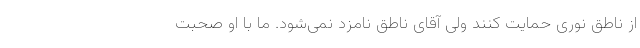
از ناطق نوری حمایت کنند ولی آقای ناطق نامزد نمی‌شود. ما با او صحبت